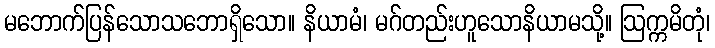
မဘောက်ပြန်သောသဘောရှိသော။ နိယာမံ၊ မဂ်တည်းဟူသောနိယာမသို့။ ဩက္ကမိတုံ၊